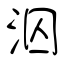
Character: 泅